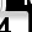
Digit: 4